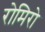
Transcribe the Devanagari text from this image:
रोमिरो